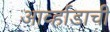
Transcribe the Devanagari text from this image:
आर्व्हाडाची